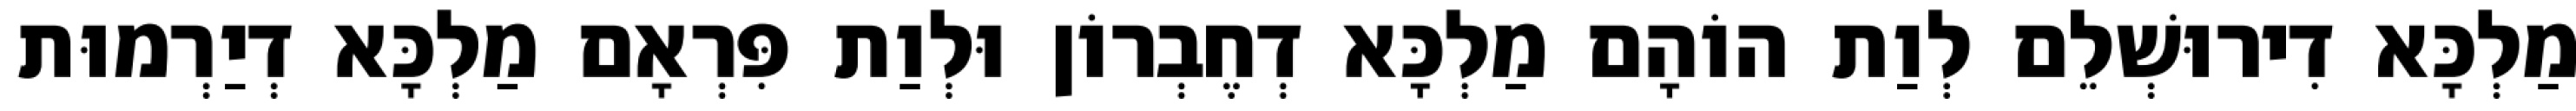
מַלְכָּא דִירוּשְׁלֵם לְוַת הוֹהָם מַלְכָּא דְחֶבְרוֹן וּלְוַת פִּרְאָם מַלְכָּא דְיַרְמוּת